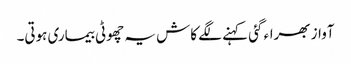
آواز بھراء گئی کہنے لگے کاش یہ چھوٹی بیماری ہوتی۔